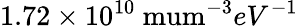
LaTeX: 1.72\times 10^{10}\mathrm{\ mum}^{-3}eV^{-1}